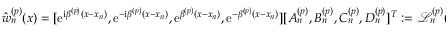
\hat { w } _ { n } ^ { ( p ) } ( x ) = [ \mathrm { e } ^ { \mathrm { i } \beta ^ { ( p ) } ( x - x _ { n } ) } , \mathrm { e } ^ { - \mathrm { i } \beta ^ { ( p ) } ( x - x _ { n } ) } , \mathrm { e } ^ { \beta ^ { ( p ) } ( x - x _ { n } ) } , \mathrm { e } ^ { - \beta ^ { ( p ) } ( x - x _ { n } ) } ] [ A _ { n } ^ { ( p ) } , B _ { n } ^ { ( p ) } , C _ { n } ^ { ( p ) } , D _ { n } ^ { ( p ) } ] ^ { T } : = \mathcal { L } _ { n } ^ { ( p ) } ( x ) \mathbf { U } _ { n } ^ { ( p ) } ,